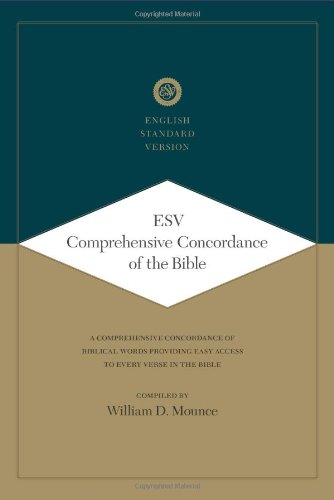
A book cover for ESV Comprehensive Concordance of the Bible (A Comprehensive Concordance of Biblical Words Providing Easy Access to Every Verse in the Bible); Christian Books & Bibles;